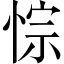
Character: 悰